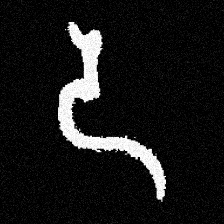
Pyu character \u2014 Myanmar letter: ဒ (romanized: da)